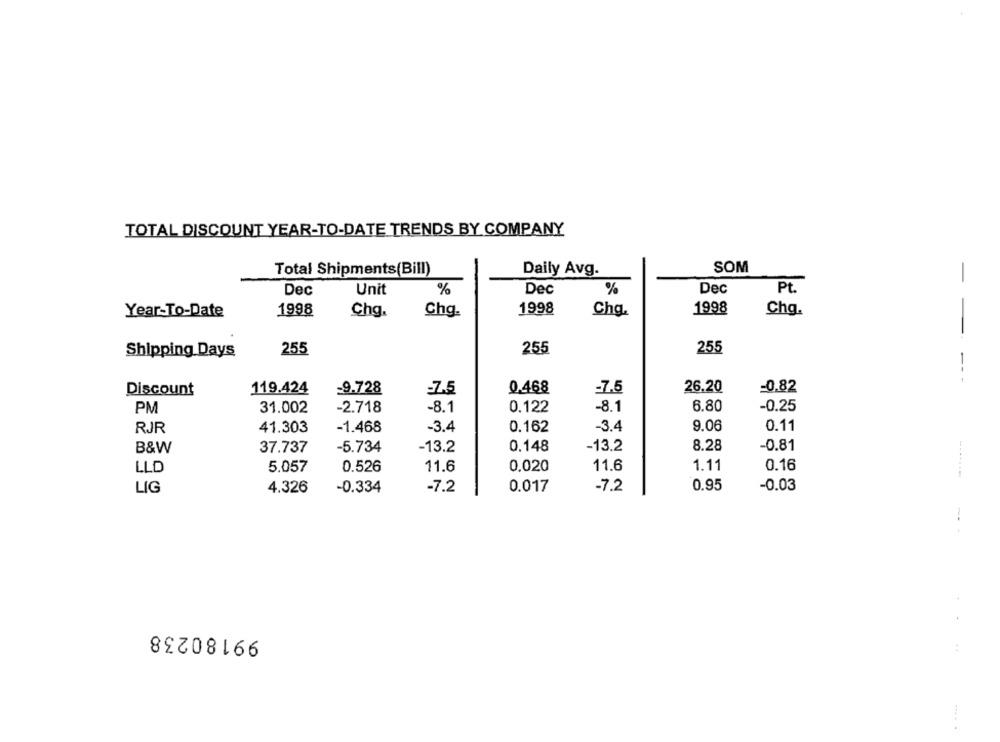
TOTAL DISCOUNT YEAR-TO-DATE TRENDS BY COMPANY
SOM
Total Shipments(Bill)
Daily Avg.
%
%
Dec
Pt.
Dec
Unit
Dec
1998
1998
1998
Chg.
Year-To-Date
Chg.
Chg.
Chg.
255
Shipping Days
255
255
- - --
Discount
119.424
-9.728
-7.5
0.468
-7.5
26.20
=0.82
PM
-2.718
-8.1
0.122
-8.1
6.80
-0.25
31.002
RJR
41.303
-1.468
-3.4
0.162
-3.4
9.06
0.11
8.28
B&W
37.737
-5.734
-13.2
0,148
-13.2
-0.81
0.526
0.020
11.6
1.11
0.16
LLD
5.057
11.6
LIG
4.326
-0.334
-7.2
0.017
-7.2
0.95
-0.03
-
99180238